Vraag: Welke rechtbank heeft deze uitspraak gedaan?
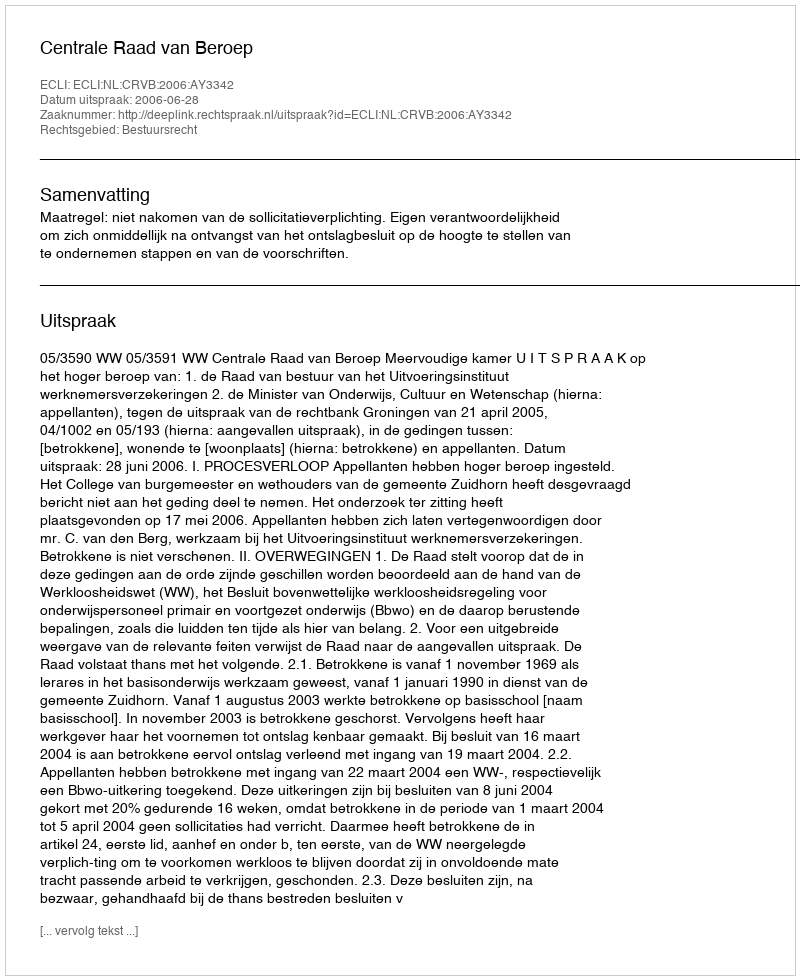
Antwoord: Centrale Raad van Beroep